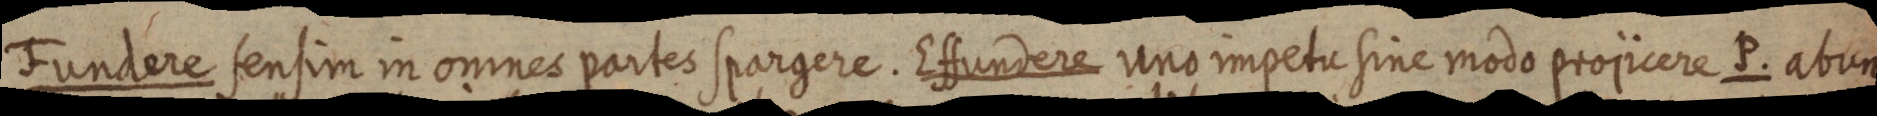
Fundere sensim in omnes partes spargere. Effundere uno impetu sine modo projicere P. abun